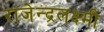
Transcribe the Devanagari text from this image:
राजेन्द्रलक्ष्मी